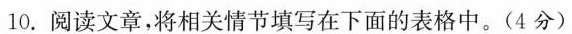
10.阅读文章，将相关情节填写在下面的表格中。(4分)